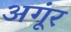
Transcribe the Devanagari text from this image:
अगूंर